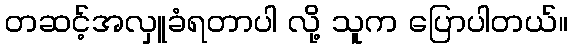
တဆင့်အလှူခံရတာပါ လို့ သူက ပြောပါတယ်။